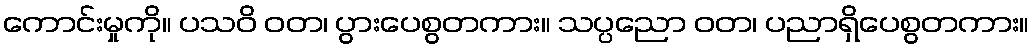
ကောင်းမှုကို။ ပသဝိ ဝတ၊ ပွားပေစွတကား။ သပ္ပညော ဝတ၊ ပညာရှိပေစွတကား။